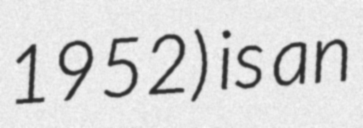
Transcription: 1952) is an